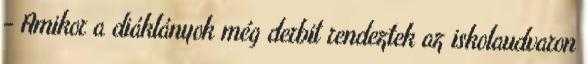
- Amikor a diáklányok még derbit rendeztek az iskolaudvaron